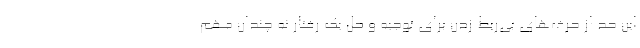
این حد از حرف‌های بی‌ربط زدن برای توجیه و حل یک رفتار نه چندان مهم